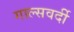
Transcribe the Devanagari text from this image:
गाल्‍सवर्दी